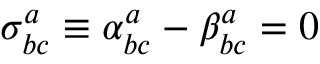
\sigma _ { b c } ^ { a } \equiv \alpha _ { b c } ^ { a } - \beta _ { b c } ^ { a } = 0